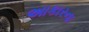
અાકારના